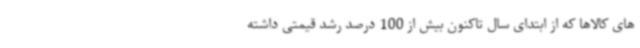
های کالاها که از ابتدای سال تاکنون بیش از 100 درصد رشد قیمتی داشته